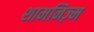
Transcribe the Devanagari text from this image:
शामनिज़्म